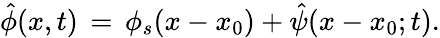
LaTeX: \hat{\phi}(x,t)\, =\, \phi_{s}(x-x_{0})+\hat{\psi}(x-x_{0};t).